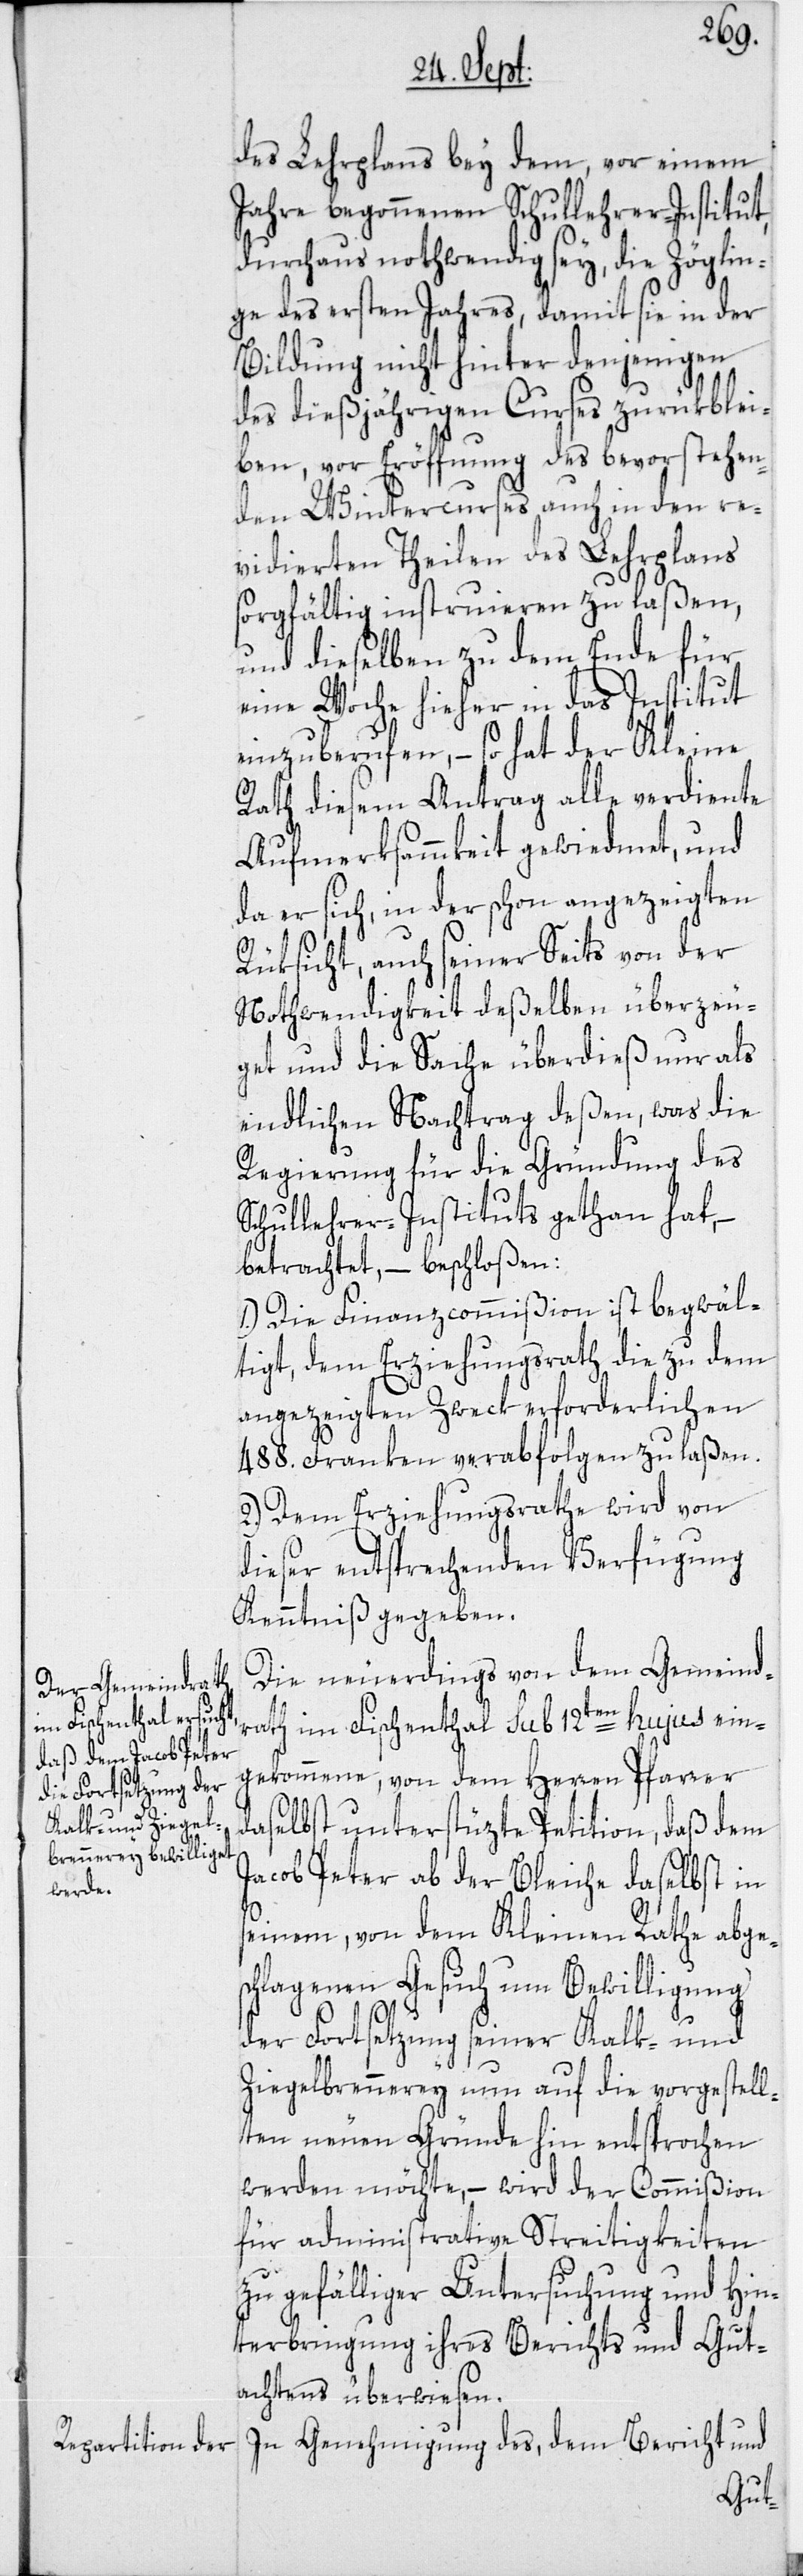
des Lehrplans bey dem, vor einem
Jahre begonnenen Schullehrer-Institut,
durchaus nothwendig sey, die Zöglin¬
ge des ersten Jahres, damit sie in der
Bildung nicht hinter denjenigen
des dießjährigen Curses zurükblei¬
ben, vor Eröffnung des bevorstehen¬
den Wintercurses auch in den re¬
vidierten Theilen des Lehrplans
sorgfältig instruieren zu laßen,
und dieselben zu dem Ende für
eine Woche hieher in das Institut
einzuberufen, – so hat der Kleine
Rath diesem Antrag alle verdiente
Aufmerksammkeit gewiedmet, und
da er sich, in der schon angezeigten
Rüksicht, auch seiner Seits von der
Nothwendigkeit deßelben überzeu¬
get und die Sache überdieß nur als
endlichen Nachtrag deßen, was die
Regierung für die Gründung des
Schullehrer-Instituts gethan hat, –
betrachtet, – beschloßen:
1.) Die Finanzcommißion ist begwäl¬
tigt, dem Erziehungsrath die zu dem
angezeigten Zweck erforderlichen
488. Franken verabfolgen zu laßen.
2.) Dem Erziehungsrathe wird von
dieser entsprechenden Verfügung
Kenntniß gegeben.
Die neuerdings von dem Gemeind¬
rath im Fischenthal sub 12ten hujus ein¬
gekommene, von dem Herren Pfarrer
daselbst unterstüzte Petition, daß dem
Jacob Peter ab der Bleiche daselbst in
seinem, von dem Kleinen Rathe abge¬
schlagenen Gesuch um Bewilligung
der Fortsetzung seiner Kalk- und
Ziegelbrennerey nun auf die vorgestell¬
ten neuen Gründe hin entsprochen
werden möchte, – wird der Commißion
für administrative Streitigkeiten
zu gefälliger Untersuchung und Hin¬
terbringung ihres Berichts und Gut¬
achtens überwiesen.
In Genehmigung des, dem Bericht und